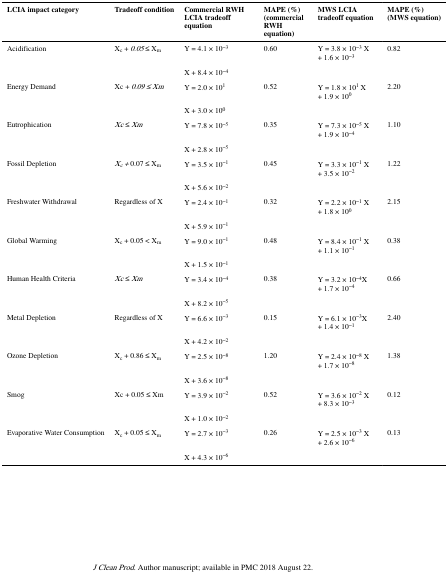
<table><thead><tr><td><b>LCIA impact category</b></td><td><b>Tradeoff condition</b></td><td><b>Commercial RWH LCIA tradeoff equation</b></td><td><b>MAPE (%) (commercial RWH equation)</b></td><td><b>MWS LCIA tradeoff equation</b></td><td><b>MAPE (%)(MWS equation)</b></td></tr></thead><tbody><tr><td>Acidification</td><td>X<sub>c</sub> + <i>0.05</i> ≤ X<sub>m</sub></td><td>Y = 4.1 × 10<sup>−3</sup></td><td>0.60</td><td>Y = 3.8 × 10<sup>−3</sup> X + 1.6 × 10<sup>−3</sup></td><td>0.82</td></tr><tr><td></td><td></td><td>X + 8.4 × 10<sup>−4</sup></td><td></td><td></td><td></td></tr><tr><td>Energy Demand</td><td>Xc + <i>0.09 ≤ Xm</i></td><td>Y = 2.0 × 10<sup>1</sup></td><td>0.52</td><td>Y = 1.8 × 10<sup>1</sup> X + 1.9 × 10<sup>0</sup></td><td>2.20</td></tr><tr><td></td><td></td><td>X + 3.0 × 10<sup>0</sup></td><td></td><td></td><td></td></tr><tr><td>Eutrophication</td><td><i>Xc</i> ≤ <i>Xm</i></td><td>Y = 7.8 × 10<sup>−5</sup></td><td>0.35</td><td>Y = 7.3 × 10<sup>−5</sup> X + 1.9 × 10<sup>−4</sup></td><td>1.10</td></tr><tr><td></td><td></td><td>X + 2.8 × 10<sup>−5</sup></td><td></td><td></td><td></td></tr><tr><td>Fossil Depletion</td><td><i>X</i><sub><i>c</i></sub><i>+</i> 0.07 ≤ X<sub>m</sub></td><td>Y = 3.5 × 10<sup>−1</sup></td><td>0.45</td><td>Y = 3.3 × 10<sup>−1</sup> X + 3.5 × 10<sup>−2</sup></td><td>1.22</td></tr><tr><td></td><td></td><td>X + 5.6 × 10<sup>−2</sup></td><td></td><td></td><td></td></tr><tr><td>Freshwater Withdrawal</td><td>Regardless of X</td><td>Y = 2.4 × 10<sup>−1</sup></td><td>0.32</td><td>Y = 2.2 × 10<sup>−1</sup> X + 1.8 × 10<sup>0</sup></td><td>2.15</td></tr><tr><td></td><td></td><td>X + 5.9 × 10<sup>−1</sup></td><td></td><td></td><td></td></tr><tr><td>Global Warming</td><td>X<sub>c</sub> + 0.05 &lt; X<sub>m</sub></td><td>Y = 9.0 × 10<sup>−1</sup></td><td>0.48</td><td>Y = 8.4 × 10<sup>−1</sup> X + 1.1 × 10<sup>−1</sup></td><td>0.38</td></tr><tr><td></td><td></td><td>X + 1.5 × 10<sup>−1</sup></td><td></td><td></td><td></td></tr><tr><td>Human Health Criteria</td><td><i>Xc</i> ≤ <i>Xm</i></td><td>Y = 3.4 × 10<sup>−4</sup></td><td>0.38</td><td>Y = 3.2 × 10<sup>−4</sup>X + 1.7 × 10<sup>−4</sup></td><td>0.66</td></tr><tr><td></td><td></td><td>X + 8.2 × 10<sup>−5</sup></td><td></td><td></td><td></td></tr><tr><td>Metal Depletion</td><td>Regardless of X</td><td>Y = 6.6 × 10<sup>−3</sup></td><td>0.15</td><td>Y = 6.1 × 10<sup>−3</sup>X + 1.4 × 10<sup>−1</sup></td><td>2.40</td></tr><tr><td></td><td></td><td>X + 4.2 × 10<sup>−2</sup></td><td></td><td></td><td></td></tr><tr><td>Ozone Depletion</td><td>X<sub>c</sub> + 0.86 ≤ X<sub>m</sub></td><td>Y = 2.5 × 10<sup>−8</sup></td><td>1.20</td><td>Y = 2.4 × 10<sup>−8</sup> X + 1.7 × 10<sup>−8</sup></td><td>1.38</td></tr><tr><td></td><td></td><td>X + 3.6 × 10<sup>−8</sup></td><td></td><td></td><td></td></tr><tr><td>Smog</td><td>Xc + 0.05 ≤ Xm</td><td>Y = 3.9 × 10<sup>−2</sup></td><td>0.52</td><td>Y = 3.6 × 10<sup>−2</sup> X + 8.3 × 10<sup>−3</sup></td><td>0.12</td></tr><tr><td></td><td></td><td>X + 1.0 × 10<sup>−2</sup></td><td></td><td></td><td></td></tr><tr><td>Evaporative Water Consumption</td><td>X<sub>c</sub> + 0.05 ≤ X<sub>m</sub></td><td>Y = 2.7 × 10<sup>−3</sup></td><td>0.26</td><td>Y = 2.5 × 10<sup>−3</sup> X + 2.6 × 10<sup>−6</sup></td><td>0.13</td></tr><tr><td></td><td></td><td>X + 4.3 × 10<sup>−6</sup></td><td></td><td></td><td></td></tr></tbody></table>